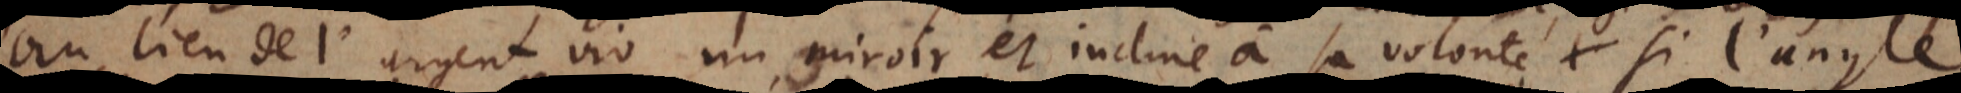
au lieu de l’argent vif un miroir et incliné à sa volonté. Si l’angle